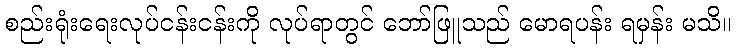
စည်းရုံးရေးလုပ်ငန်းငန်းကို လုပ်ရာတွင် ဘော်ဖြူသည် မောရပန်း ရမှန်း မသိ။